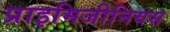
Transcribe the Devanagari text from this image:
प्राइमिजीनियस